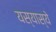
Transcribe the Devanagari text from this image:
यस्यास्ये